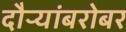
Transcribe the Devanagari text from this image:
दौऱ्यांबरोबर